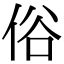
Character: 俗